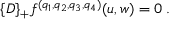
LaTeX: \{ { \cal D } \} _ { + } f ^ { ( q _ { 1 } , q _ { 2 } , q _ { 3 } , q _ { 4 } ) } ( u , w ) = 0 \; .